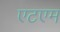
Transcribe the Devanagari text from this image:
एटएम